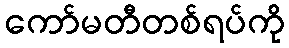
ကော်မတီတစ်ရပ်ကို